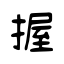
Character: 握